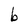
Character: b